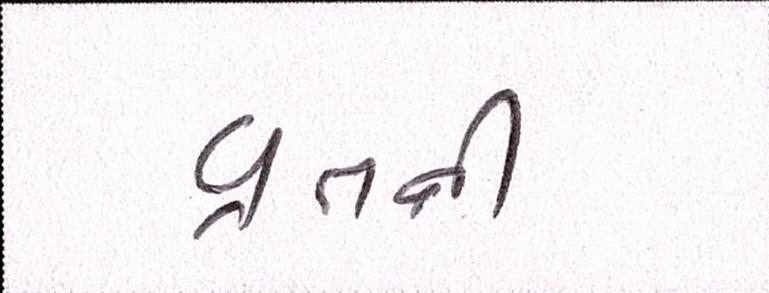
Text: વ્રતની